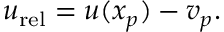
\begin{array} { r } { \boldsymbol { u } _ { \mathrm { r e l } } = \boldsymbol { u } ( \boldsymbol { x } _ { p } ) - \boldsymbol { v } _ { p } . } \end{array}